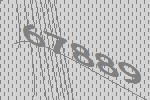
67889